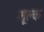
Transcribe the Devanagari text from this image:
शु्क्ल